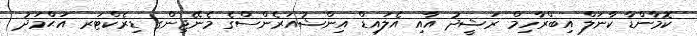
ކޮމާންޑާ ކާނަލް އިބްރާހިމް ރަޝީދު އާއި އެލައިޑް އިންޝުއަރެންސްގެ މެނޭޖިންގ ޑިރެކްޓަރ އަޙްމަދު